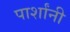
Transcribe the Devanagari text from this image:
पार्शांनी